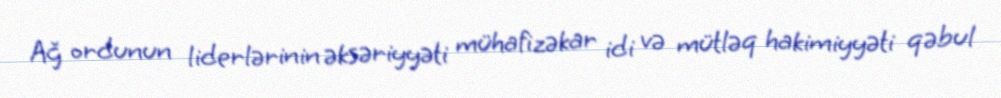
Ağ ordunun liderlərinin əksəriyyəti mühafizəkar idi və mütləq hakimiyyəti qəbul